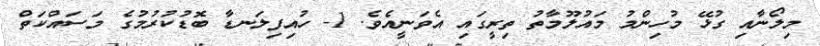
މިލޯނާއި ގުޅޭ މުހިންމު މައުލޫމާތު ތިރީގައި އެވަނީއެވެ. 1- ހުއިފިލަނޑާ ބޮޑުކުރުމުގެ މަސައްކަތް